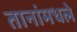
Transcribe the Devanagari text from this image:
तानांमधले